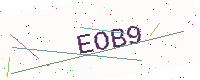
Text: EOB9